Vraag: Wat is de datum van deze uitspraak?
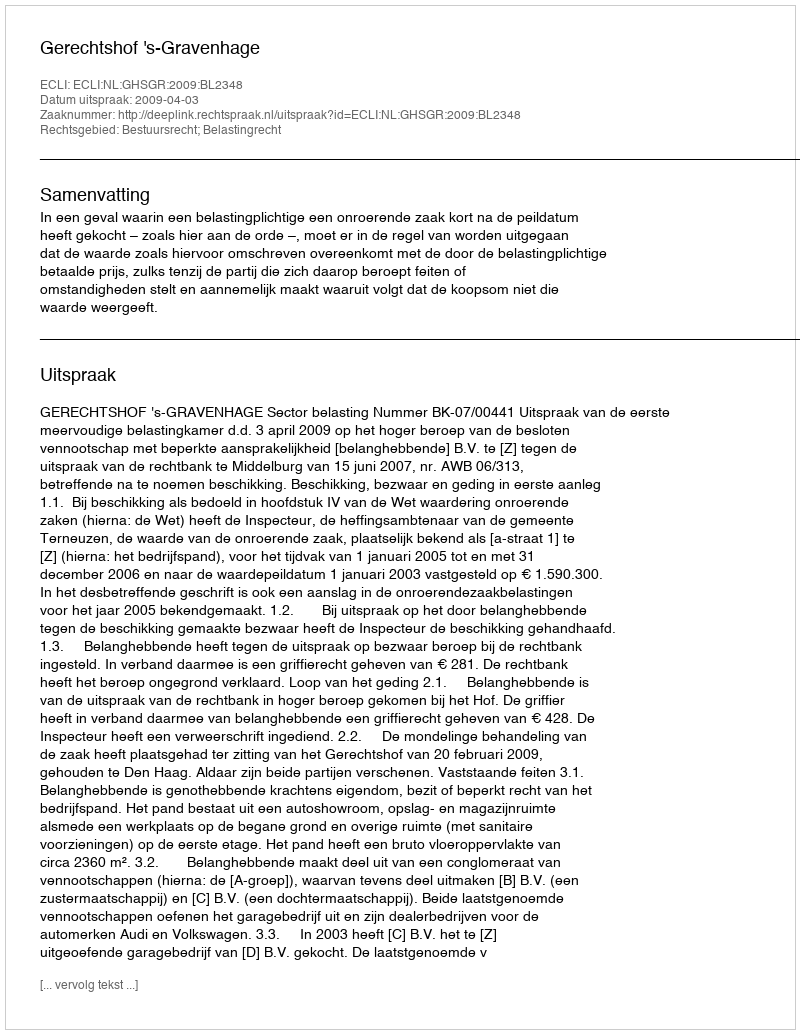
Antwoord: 2009-04-03